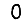
Digit: 0